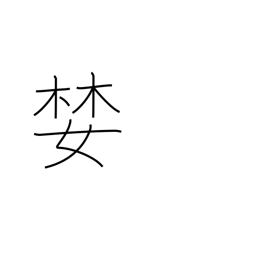
Meaning: covet